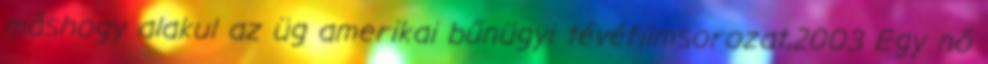
máshogy alakul az üg amerikai bűnügyi tévéfilmsorozat,2003 Egy nő